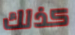
كذلك